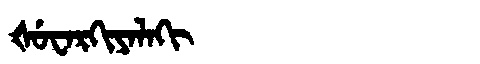
Manchu: ᡧᡠᠸᠠᡵᡴᡳᠶᠠᠯᠠᡴᡳ
Romanization: ŠUWARKIYALAKI